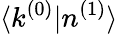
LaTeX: \langle k^{(0)}|n^{(1)}\rangle